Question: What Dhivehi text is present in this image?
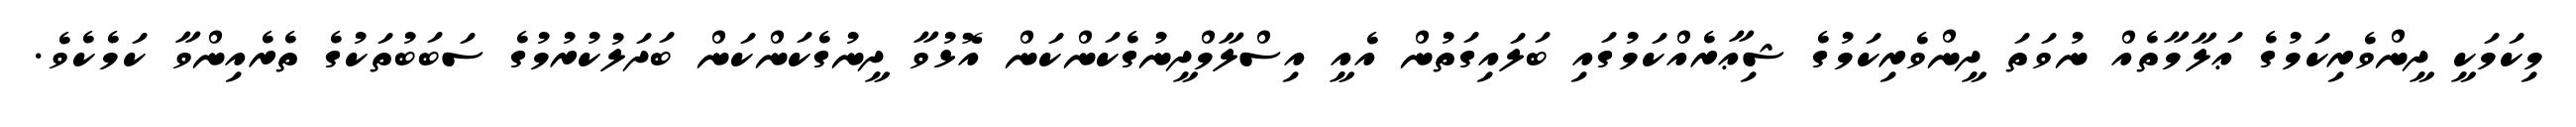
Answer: މިކަމަކީ ދީންވެރިކަމުގެ ޢަލާމާތެއް ނުވަތަ ދީންވެރިކަމުގެ ޝިޢާރެއްކަމުގައި ބަލައިގަތުން އެއީ އިސްލާމްދީނުގެކަންކަން އޮޅުވާ ދީނުގެކަންކަން ބަދަލުކުރުމުގެ ސަބަބުތަކުގެ ތެރެއިންވާ ކަމެކެވެ.